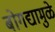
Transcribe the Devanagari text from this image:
बोगद्यामुळे